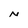
Character: N